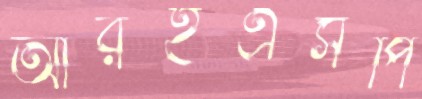
আরইএসপি